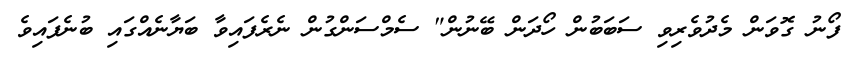
ފޯނު ގޮވަން މެދުވެރިވި ސަބަބުން ހޯދަން ބޭނުން" ސެމްސަންގުން ނެރެފައިވާ ބަޔާނެއްގައި ބުނެފައިވެ